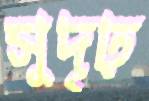
সুদৃঢ়